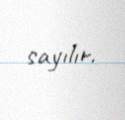
sayılır.